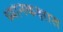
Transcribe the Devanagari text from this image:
ध्यानकक्षात